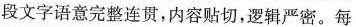
段文字语意完整连贯，内容贴切，逻辑严密。每